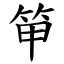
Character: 笚